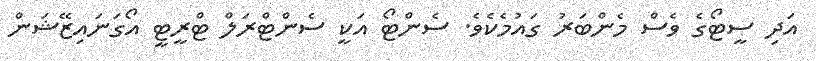
އަދި ސީޓޯގެ ވެސް މެންބަރު ގައުމެކެވެ. ސެންޓޯ އަކީ ސެންޓްރަލް ޓްރީޓީ އޯގަނައިޒޭޝަން